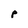
Character: P